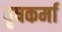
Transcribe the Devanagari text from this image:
वृषकर्मा